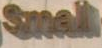
Small